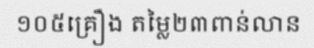
១០៥គ្រឿង តម្លៃ២៣ពាន់លាន